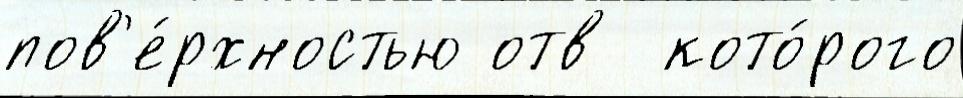
пов'е́рхностью отв  кото́рого